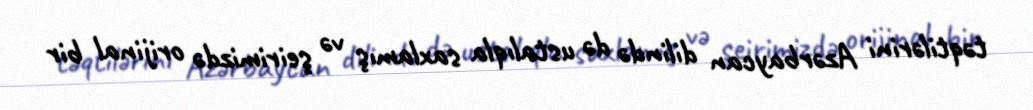
təqtilərini Azərbaycan dilində də ustalıqla saxlamış və şeirimizdə orijinal bir